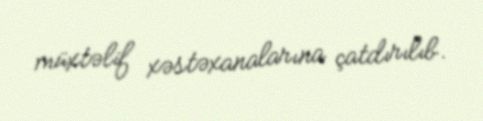
müxtəlif xəstəxanalarına çatdırılıb.